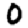
Digit: 0